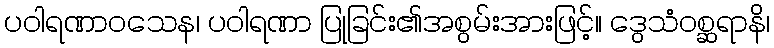
ပဝါရဏာဝသေန၊ ပဝါရဏာ ပြုခြင်း၏အစွမ်းအားဖြင့်။ ဒွေသံဝစ္ဆရာနိ၊